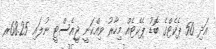
އަދި 50 ޕެކެޓްގެ ބޮޑު ޕެކެޓެއް މިހާރު ވިއްކަނީ ޖީއެސްޓީ ނުލައި 68.25ރ